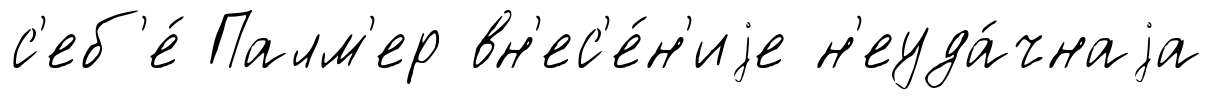
с'еб'е́ Палм'ер вн'ес'е́н'иjе н'еуда́чнаjа